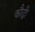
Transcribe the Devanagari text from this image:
कौद्री